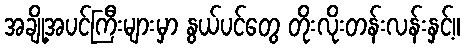
အချို့အပင်ကြီးများမှာ နွယ်ပင်တွေ တိုးလိုးတန်းလန်းနှင့်။